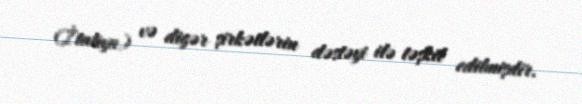
(İtaliya) və digər şirkətlərin dəstəyi ilə təşkil edilmişdir.